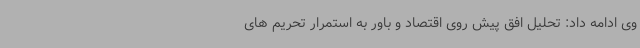
وی ادامه داد: تحلیل افق پیش روی اقتصاد و باور به استمرار تحریم های